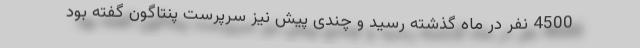
4500 نفر در ماه گذشته رسید و چندی پیش نیز سرپرست پنتاگون گفته بود